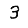
Digit: 3